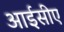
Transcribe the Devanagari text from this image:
आईसीए